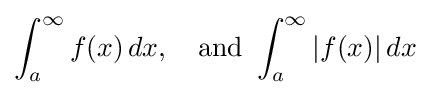
\int _{a}^{\infty }f(x)\,dx,\quad {\mbox{and }}\int _{a}^{\infty }|f(x)|\,dx